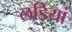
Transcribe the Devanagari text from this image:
लडियां